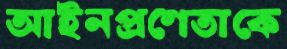
আইনপ্রণেতাকে